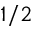
1 / 2